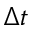
\Delta t